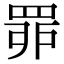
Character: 𦊿